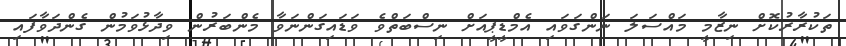
ތަކުރާރުކޮށް ނިޒާމީ މައްސަލަ ނަންގަވައި އެމްޑީޕީއަށް ނިސްބަތްވެ ވަޑައިގަންނަވާ މެންބަރުން ވިދާޅުވަމުން ގެންދަވާފައި